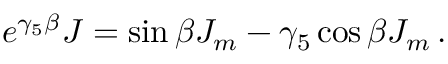
e ^ { \gamma _ { 5 } \beta } { \cal J } = \sin \beta J _ { m } - \gamma _ { 5 } \cos \beta J _ { m } \, .